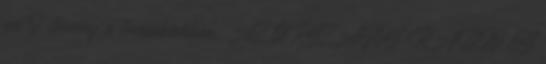
évi I. törvény a továbbiakban: AZ ORSZÁGOS RÁDIÓ ÉS